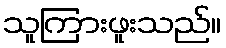
သူကြားဖူးသည်။